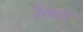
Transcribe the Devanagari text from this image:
रेताळ